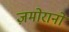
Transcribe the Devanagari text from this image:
ज़मोरानो